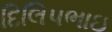
દિલિપભાઇ